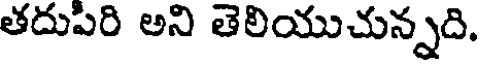
తదుపిరి అని తెలియుచున్నది.